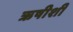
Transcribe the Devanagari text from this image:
ऋषीशी